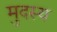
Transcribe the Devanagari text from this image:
मुदस्य